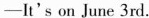
-It's on June 3rd.